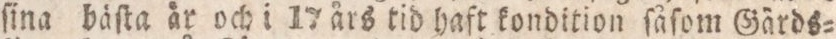
ſina bäſta är och i 17 års tid haft kondition ſåſom Gärds=